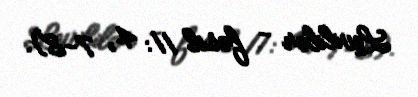
Levililər - fəsil 11: 4, 7-8).